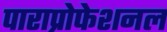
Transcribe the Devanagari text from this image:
पाराप्रोफेशनल